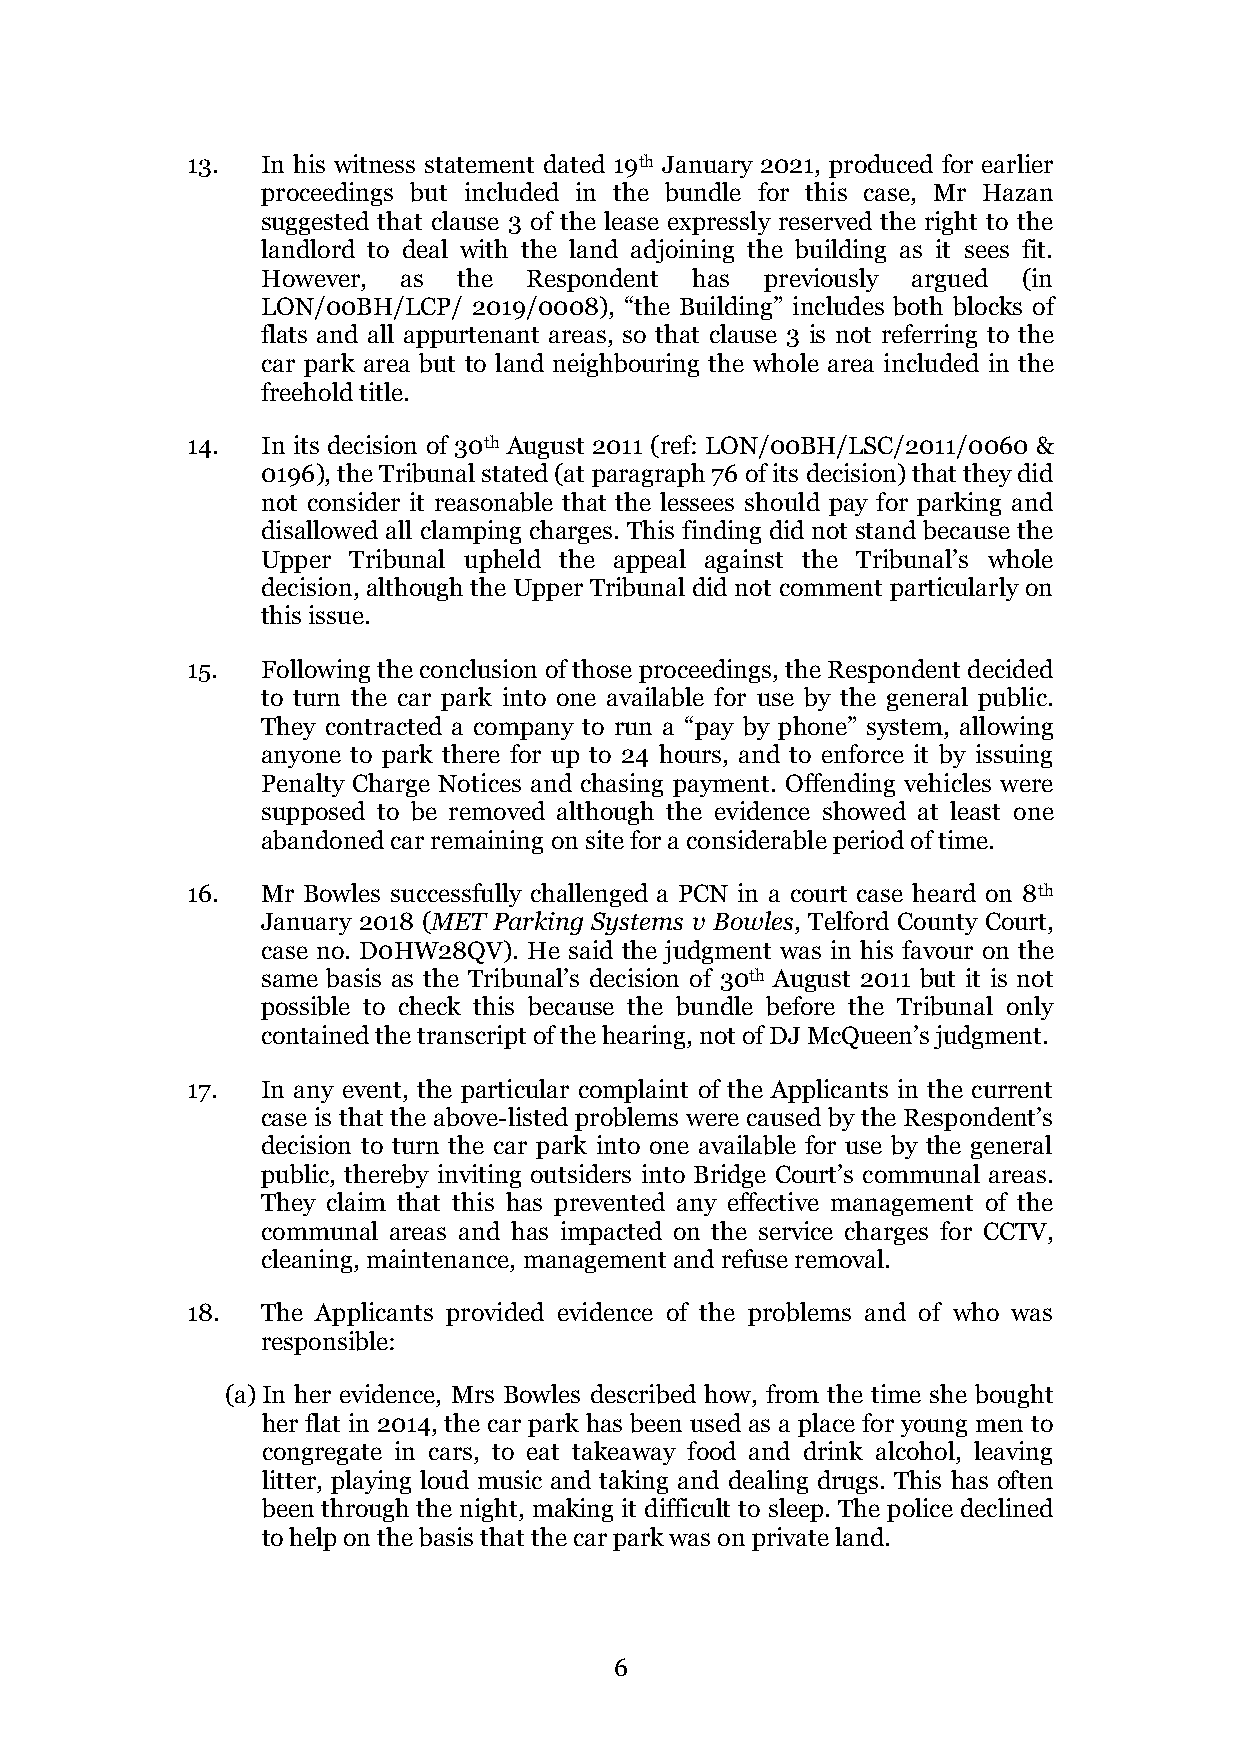
13.  In his witness statement dated 19th January 2021, produced for earlier
 proceedings but included in the bundle for this case, Mr Hazan
 suggested that clause 3 of the lease expressly reserved the right to the
 landlord to deal with the land adjoining the building as it sees fit.
 However,  as the  Respondent has  previously argued (in
 LON/00BH/LCP/ 2019/0008), “the Building” includes both blocks of
 flats and all appurtenant areas, so that clause 3 is not referring to the
 car park area but to land neighbouring the whole area included in the
 freehold title.
 14.  In its decision of 30th August 2011 (ref: LON/00BH/LSC/2011/0060 &
 0196), the Tribunal stated (at paragraph 76 of its decision) that they did
 not consider it reasonable that the lessees should pay for parking and
 disallowed all clamping charges. This finding did not stand because the
 Upper Tribunal upheld the appeal against the Tribunal’s whole
 decision, although the Upper Tribunal did not comment particularly on
 this issue.
 15.  Following the conclusion of those proceedings, the Respondent decided
 to turn the car park into one available for use by the general public.
 They contracted a company to run a “pay by phone” system, allowing
 anyone to park there for up to 24 hours, and to enforce it by issuing
 Penalty Charge Notices and chasing payment. Offending vehicles were
 supposed to be removed although the evidence showed at least one
 abandoned car remaining on site for a considerable period of time.
 16.  Mr Bowles successfully challenged a PCN in a court case heard on 8th
 January 2018 (MET Parking Systems v Bowles, Telford County Court,
 case no. D0HW28QV). He said the judgment was in his favour on the
 same basis as the Tribunal’s decision of 30th August 2011 but it is not
 possible to check this because the bundle before the Tribunal only
 contained the transcript of the hearing, not of DJ McQueen’s judgment.
 17.  In any event, the particular complaint of the Applicants in the current
 case is that the above-listed problems were caused by the Respondent’s
 decision to turn the car park into one available for use by the general
 public, thereby inviting outsiders into Bridge Court’s communal areas.
 They claim that this has prevented any effective management of the
 communal areas and has impacted on the service charges for CCTV,
 cleaning, maintenance, management and refuse removal.
 18.  The Applicants provided evidence of the problems and of who was
 responsible:
 (a) In her evidence, Mrs Bowles described how, from the time she bought
 her flat in 2014, the car park has been used as a place for young men to
 congregate in cars, to eat takeaway food and drink alcohol, leaving
 litter, playing loud music and taking and dealing drugs. This has often
 been through the night, making it difficult to sleep. The police declined
 to help on the basis that the car park was on private land.
 6